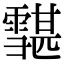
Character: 𩅷